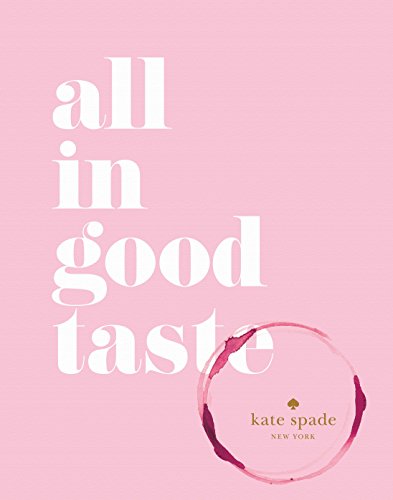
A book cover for kate spade new york: all in good taste; kate spade new york; Humor & Entertainment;